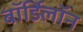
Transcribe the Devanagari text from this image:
बॉर्डिलॉन